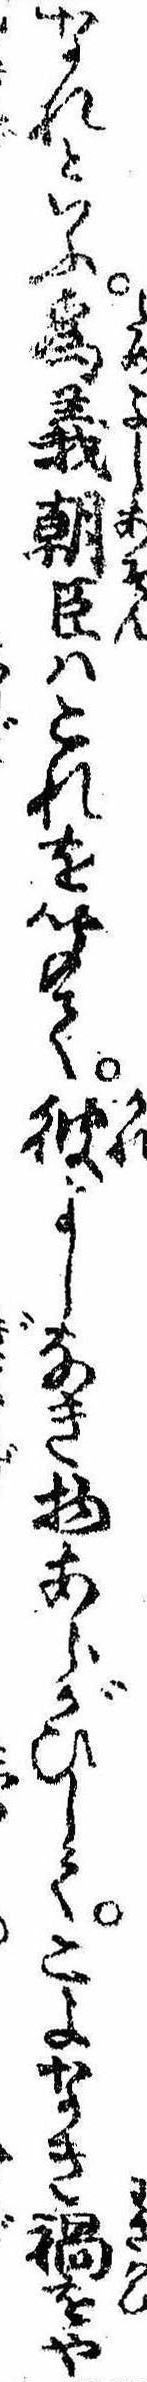
なれといふ為義朝臣はこれを聞て彼よしなき物あらがひしてこよなき禍をや